Report of the Indian Hemp Drugs Commission, 1894-1895 - Volume IV
Year: 1894
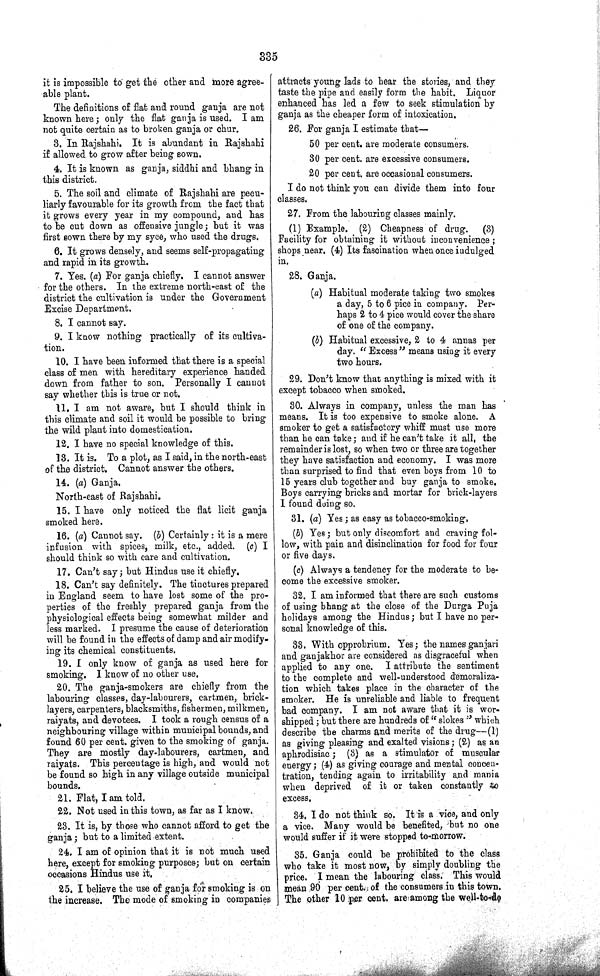
335
it is impossible to get the other and more agree-
able plant.
The definitions of flat and round ganja are not
known here; only the flat ganja is used. I am
not quite certain as to broken ganja or chur.
3. In Rajshahi. It is abundant in Rajshahi
if allowed to grow after being sown.
4. It is known as ganja, siddhi and bhang in
this district.
5. The soil and climate of Rajshahi are pecu-
liarly favourable for its growth from the fact that
it grows every year in my compound, and has
to be cut down as offensive jungle; but it was
first sown there by my syce, who used the drugs.
6. It grows densely, and seems self-propagating
and rapid in its growth.
7. Yes. (a) For ganja chiefly. I cannot answer
for the others. In the extreme north-east of the
district the cultivation is under the Government
Excise Department.
8. I cannot say.
9. I know nothing practically of its cultiva-
tion.
10. I have been informed that there is a special
class of men with hereditary experience handed
down from father to son. Personally I cannot
say whether this is true or not.
11. I am not aware, but I should think in
this climate and soil it would be possible to bring
the wild plant into domestication.
12. I have no special knowledge of this.
13. It is. To a plot, as I said, in the north-east
of the district. Cannot answer the others.
14. (a) Ganja.
North-east of Rajshahi.
15. I have only noticed the flat licit ganja
smoked here.
16. (a) Cannot say. (b) Certainly: it is a mere
infusion with spices, milk, etc., added. (c) I
should think so with care and cultivation.
17. Can't say; but Hindus use it chiefly.
18. Can't say definitely. The tinctures prepared
in England seem to have lost some of the pro-
perties of the freshly prepared ganja from the
physiological effects being somewhat milder and
less marked. I presume the cause of deterioration
will be found in the effects of damp and air modify-
ing its chemical constituents.
19. I only know of ganja as used here for
smoking. I know of no other use.
20. The ganja-smokers are chiefly from the
labouring classes, day-labourers, cartmen, brick-
layers, carpenters, blacksmiths, fishermen, milkmen,
raiyats, and devotees. I took a rough census of a
neighbouring village within municipal bounds, and
found 60 per cent. given to the smoking of ganja.
They are mostly day-labourers, cartmen, and
raiyats. This percentage is high, and would not
be found so high in any village outside municipal
bounds.
21. Flat, I am told.
22. Not used in this town, as far as I know.
23. It is, by those who cannot afford to get the
ganja; but to a limited extent.
24. I am of opinion that it is not much used
here, except for smoking purposes; but on certain
occasions Hindus use it.
25. I believe the use of ganja for smoking is on
the increase. The mode of smoking in companies
attracts young lads to hear the stories, and they
taste the pipe and easily form the habit. Liquor
enhanced has led a few to seek stimulation by
ganja as the cheaper form of intoxication.
26. For ganja I estimate that—
50 per cent. are moderate consumers.
30 per cent. are excessive consumers.
20 per cent. are occasional consumers.
I do not think you can divide them into four
classes.
27. From the labouring classes mainly.
(1) Example. (2) Cheapness of drug.
(3)
Facility for obtaining it without inconvenience;
shops near. (4) Its fascination when once indulged
in.
28. Ganja.
(a) Habitual moderate taking two smokes
a day, 5 to 6 pice in company. Per-
haps 2 to 4 pice would cover the share
of one of the company.
(b) Habitual excessive, 2 to 4 annas per
day. "Excess" means using it every
two hours.
29. Don't know that anything is mixed with it
except tobacco when smoked.
30. Always in company, unless the man has
means. It is too expensive to smoke alone. A
smoker to get a satisfactory whiff must use more
than he can take; and if he can't take it all, the
remainder is lost, so when two or three are together
they have satisfaction and economy. I was more
than surprised to find that even boys from 10 to
15 years club together and buy ganja to smoke.
Boys carrying bricks and mortar for brick-layers
I found doing so.
31. (a) Yes; as easy as tobacco-smoking.
(b) Yes; but only discomfort and craving fol-
low, with pain and disinclination for food for four
or five days.
(c) Always a tendency for the moderate to be-
come the excessive smoker.
32. I am informed that there are such customs
of using bhang at the close of the Durga Puja
holidays among the Hindus; but I have no per-
sonal knowledge of this.
33. With opprobrium. Yes; the names ganjari
and ganjakhor are considered as disgraceful when
applied to any one. I attribute the sentiment
to the complete and well-understood demoraliza-
tion which takes place in the character of the
smoker. He is unreliable and liable to frequent
bad company. I am not aware that it is wor-
shipped; but there are hundreds of "slokes" which
describe the charms and merits of the drug--(1)
as giving pleasing and exalted visions; (2) as an
aphrodisiac; (3) as a stimulator of muscular
energy; (4) as giving courage and mental concen-
tration, tending again to irritability and mania
when deprived of it or taken constantly to
excess.
34. I do not think so. It is a vice, and only
a vice. Many would be benefited, but no one
would suffer if it were stopped to-morrow.
35. Ganja could be prohibited to the class
who take it most now, by simply doubling the
price. I mean the labouring class. This would
mean 90 per cent. of the consumers in this town.
The other 10 per cent. are among the well-to-do